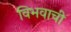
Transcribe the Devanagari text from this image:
विभवाची